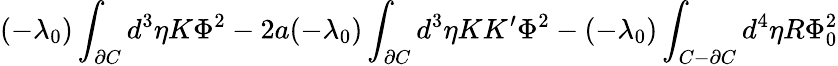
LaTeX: (-\lambda_{0})\int_{\partial C}d^{3}\eta K\Phi^{2}-2a(-\lambda_{0})\int_{\partial C}d^{3}\eta KK^{\prime}\Phi^{2}-(-\lambda_{0})\int_{C-\partial C}d^{4}\eta R\Phi_{0}^{2}